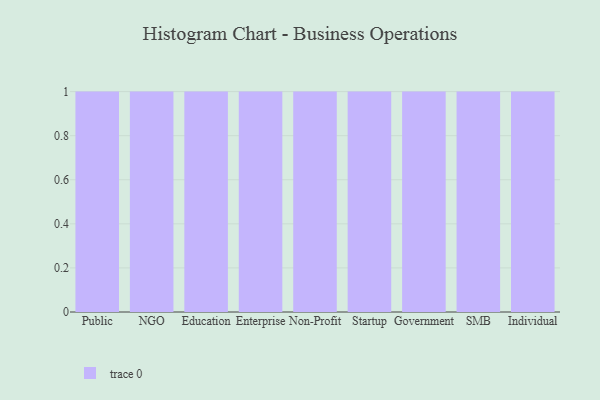
{"axis": {"x": "Segment", "y": "Shipments"}, "legend": [""], "data": [{"x": "Public", "y": 3, "type": ""}, {"x": "NGO", "y": 7, "type": ""}, {"x": "Education", "y": 10, "type": ""}, {"x": "Enterprise", "y": 60, "type": ""}, {"x": "Non-Profit", "y": 11, "type": ""}, {"x": "Startup", "y": 15, "type": ""}, {"x": "Government", "y": 92, "type": ""}, {"x": "SMB", "y": 85, "type": ""}, {"x": "Individual", "y": 65, "type": ""}]}